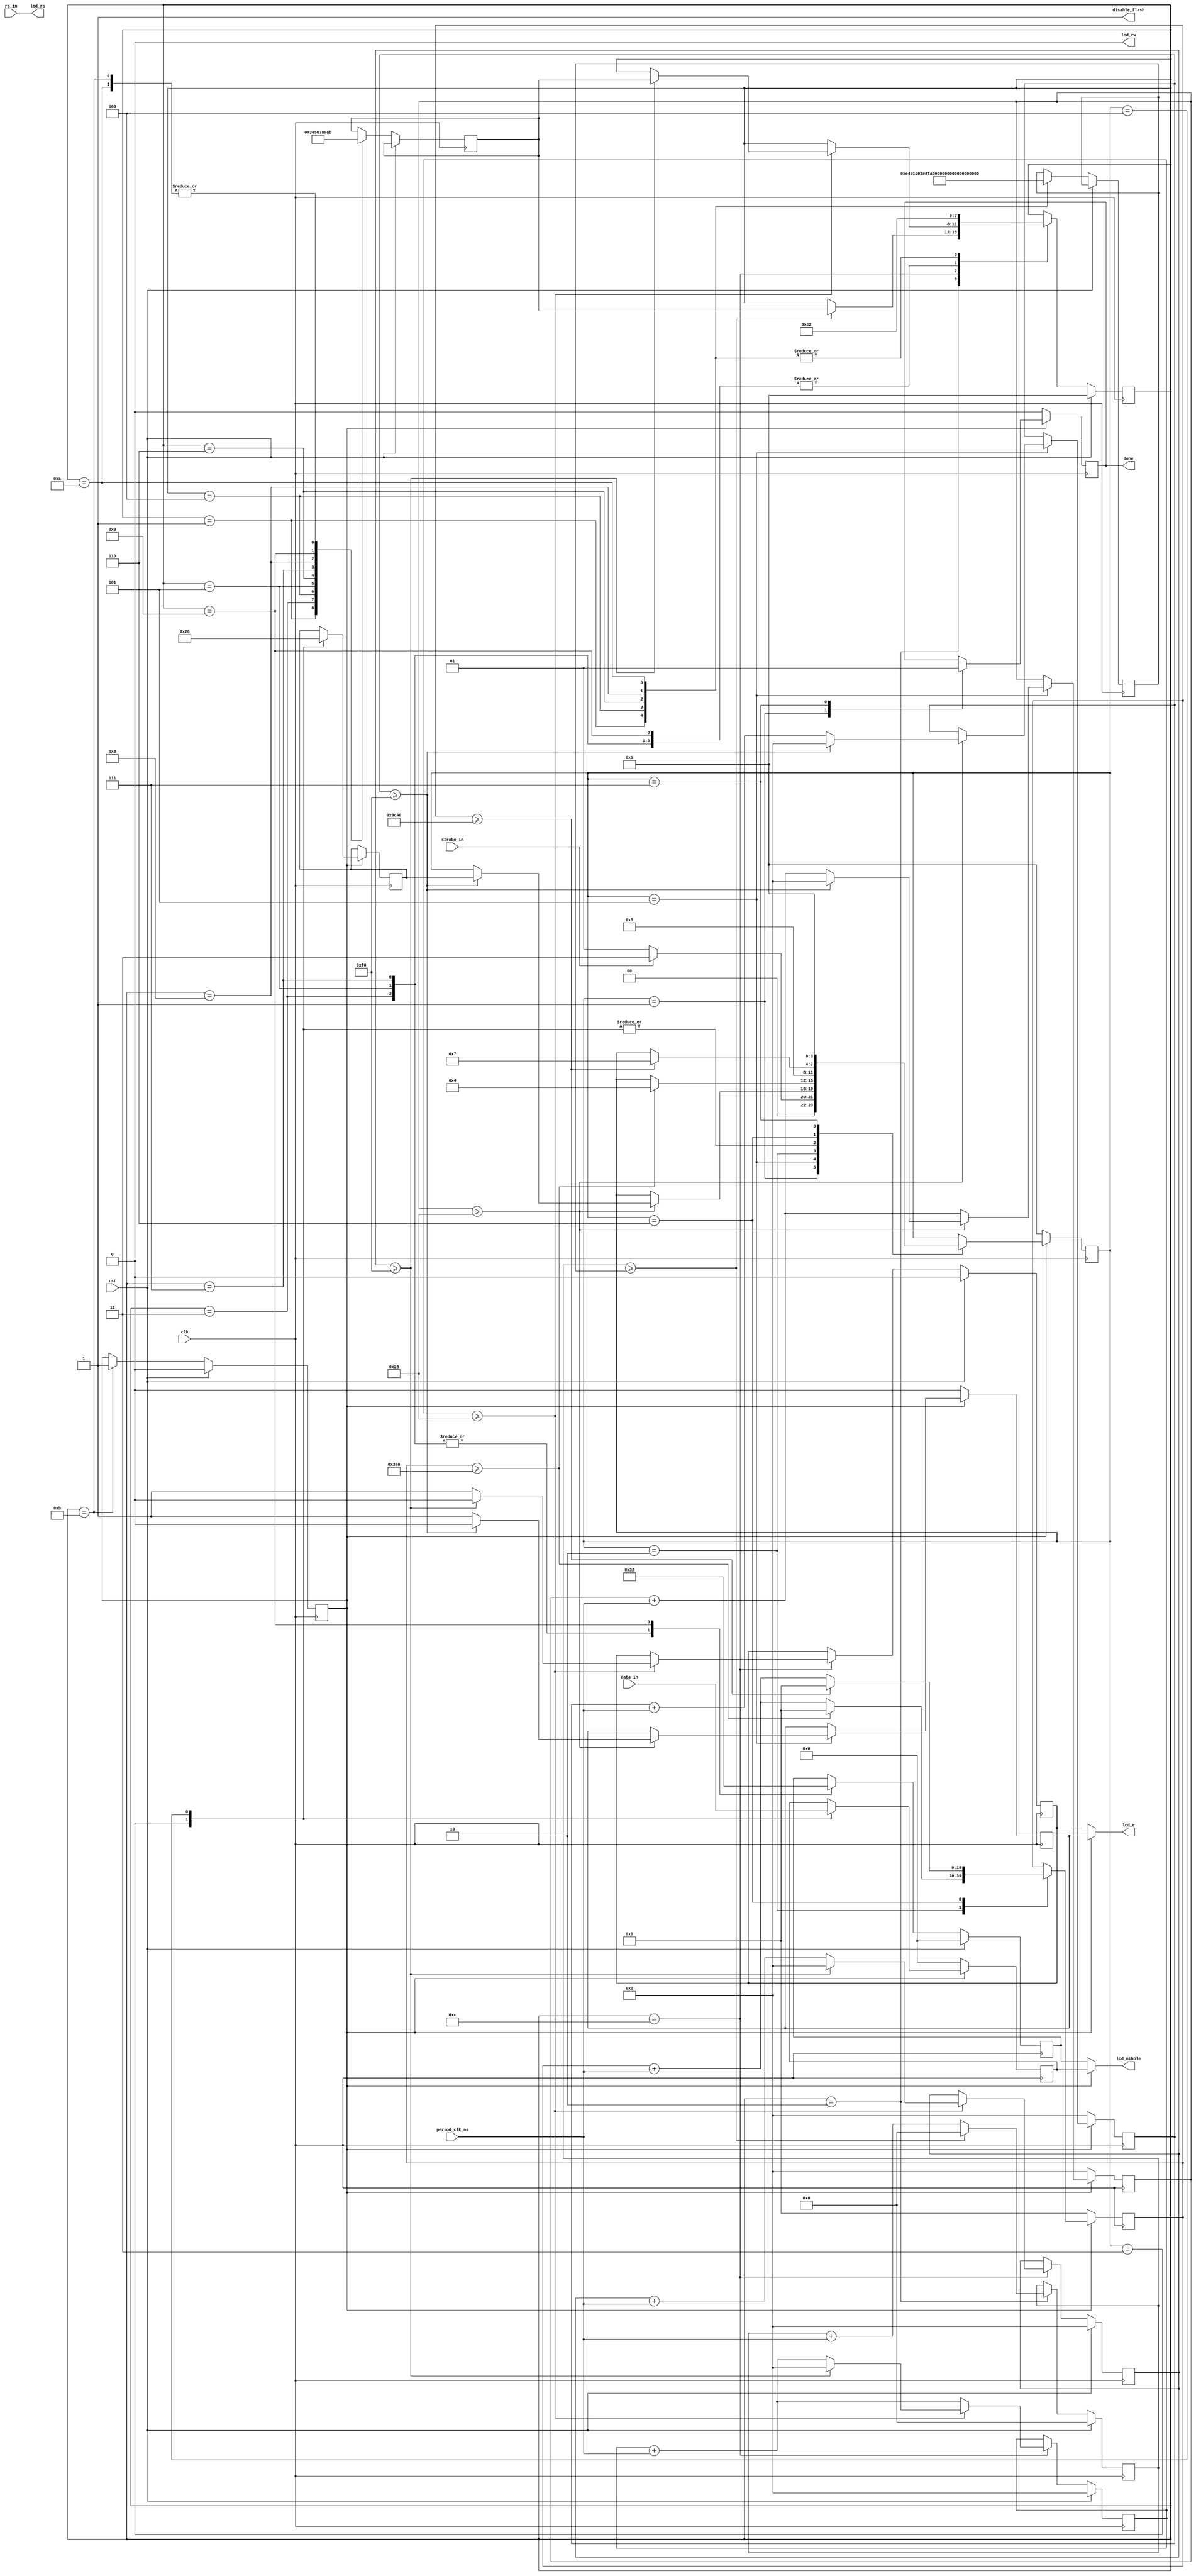
`timescale 1ns / 1ps

module lcd_controller(
    input rst,
    input clk,
    input rs_in,
	 input [7:0] data_in,
    input strobe_in,
    input [7:0] period_clk_ns,
    output lcd_e,
    output [3:0] lcd_nibble,
    output lcd_rs,
    output lcd_rw,
    output disable_flash,
    output reg done
    );

	// States for FSM that initialize the LCD
	localparam lcd_init_rst = 1;
	localparam lcd_init_wait = 2;	
	localparam lcd_init_write_03_01 = 3;
	localparam lcd_init_wait_4ms = 4;
	localparam lcd_init_write_03_02 = 5;
	localparam lcd_init_wait_100us = 6;
	localparam lcd_init_write_03_03 = 7;
	localparam lcd_init_wait_40us = 8;
	localparam lcd_init_write_02 = 9;
	localparam lcd_init_wait_50us = 10;
	localparam lcd_init_state_done = 11;
	localparam lcd_init_strobe = 12;
	reg [3:0] lcd_init_states, lcd_init_state_next; // Declare two variables of 4 bits to hold the FSM states
	reg [23:0] counter_wait_lcd_init;	
	reg [8:0] counter_wait_strobe_lcd_init, counter_wait_stabilize_lcd_init;
	reg [23:0] time_wait_lcd_init;
	reg [3:0] lcd_init_data_out;  // FSM output LCD_DATA
	reg lcd_init_e_out;           // FSM output LCD_E
	reg lcd_init_done;
	
	// States for FSM that send data to LCD
	localparam lcd_data_rst = 1;
	localparam lcd_data_wait_1us = 2;
	localparam lcd_data_wr_nibble_high = 3;
	localparam lcd_data_wr_nibble_low = 4;	
	localparam lcd_data_strobe = 5;
	localparam lcd_data_wait_40us = 6;
	localparam lcd_data_done = 7;
	reg [19:0] time_wait_lcd_data;
	reg [19:0] counter_wait_lcd_data;	
	reg [8:0] counter_wait_strobe_lcd_data, counter_wait_stabilize_lcd_data;
	reg [3:0] lcd_data_states, lcd_data_state_next;	// Declare two variables of 4 bits to hold the FSM states
	reg [3:0] lcd_data_data_out;	// FSM output LCD_DATA
	reg lcd_data_e_out;				// FSM output LCD_E
			
	/*
		Initialize LCD...
	*/
	always @ (posedge clk)
	begin
		if (rst)	// Reset synchronous
			begin
				lcd_init_states <= lcd_init_rst;
				counter_wait_lcd_init <= 0;
				counter_wait_strobe_lcd_init <= 0;
				counter_wait_stabilize_lcd_init <= 0;
				lcd_init_e_out <= 0;
				lcd_init_done <= 0;
				lcd_init_data_out <= 0;
			end
		else
			begin
				case (lcd_init_states)
					lcd_init_rst:
						begin
							// Wait for 15ms to power-up LCD
							time_wait_lcd_init <= 15000000;
							lcd_init_states <= lcd_init_wait;
							lcd_init_state_next <= lcd_init_write_03_01;
						end
					
					// Wait for a configured time in (ns) and go to other state in (lcd_init_state_next)
					lcd_init_wait:
						begin
							counter_wait_lcd_init <= counter_wait_lcd_init + period_clk_ns;
							if (counter_wait_lcd_init >= time_wait_lcd_init)
								begin
									lcd_init_states <= lcd_init_state_next;
									counter_wait_lcd_init <= 0;
								end
						end
					
					// Strobe the LCD for at least 240 ns
					lcd_init_strobe:
						begin
							// We need to wait at least 40ns to stabilize the data before strobing the data... 
							counter_wait_stabilize_lcd_init <= counter_wait_stabilize_lcd_init + period_clk_ns;
							if (counter_wait_stabilize_lcd_init >= 40)
								begin
									lcd_init_e_out <= 1;
									
									// After we got a strobe high hold for more 240 ns
									counter_wait_strobe_lcd_init <= counter_wait_strobe_lcd_init + period_clk_ns;
									if (counter_wait_strobe_lcd_init >= 240)
										begin
											lcd_init_states <= lcd_init_state_next;
											counter_wait_stabilize_lcd_init <= 0;
											counter_wait_strobe_lcd_init <= 0;
											lcd_init_e_out <= 0;
										end
								end																			
						end
					
					lcd_init_write_03_01:
						// Send 0x3 and pulse LCD_E for 240ns 
						begin
							lcd_init_data_out <= 4'h3;
							lcd_init_states <= lcd_init_strobe;	// Strobe for at least 230 ns						
							lcd_init_state_next <= lcd_init_wait_4ms;							
						end
					
					lcd_init_wait_4ms:
						begin
							time_wait_lcd_init <= 4100000;	// Wait for 4.1ms
							lcd_init_states <= lcd_init_wait;
							lcd_init_state_next <= lcd_init_write_03_02;
						end
					
					lcd_init_write_03_02:
						// Send 0x3 and pulse LCD_E for 240ns 
						begin
							lcd_init_data_out <= 4'h3;
							lcd_init_states <= lcd_init_strobe;	// Strobe for at least 230 ns						
							lcd_init_state_next <= lcd_init_wait_100us;							
						end
					
					lcd_init_wait_100us:
						begin
							time_wait_lcd_init <= 100000;	// Wait for 100us
							lcd_init_states <= lcd_init_wait;
							lcd_init_state_next <= lcd_init_write_03_03;
						end
					
					lcd_init_write_03_03:
						// Send 0x3 and pulse LCD_E for 240ns 
						begin
							lcd_init_data_out <= 4'h3;
							lcd_init_states <= lcd_init_strobe;	// Strobe for at least 230 ns						
							lcd_init_state_next <= lcd_init_wait_40us;							
						end
					
					lcd_init_wait_40us:
						begin
							time_wait_lcd_init <= 40000;	// Wait for 40us
							lcd_init_states <= lcd_init_wait;
							lcd_init_state_next <= lcd_init_write_02;
						end
					
					lcd_init_write_02:
						// Send 0x2 and pulse LCD_E for 240ns 
						begin
							lcd_init_data_out <= 4'h2;
							lcd_init_states <= lcd_init_strobe;	// Strobe for at least 230 ns						
							lcd_init_state_next <= lcd_init_wait_50us;							
						end
					
					lcd_init_wait_50us:
						begin
							time_wait_lcd_init <= 50000;	// Wait for 50us
							lcd_init_states <= lcd_init_wait;
							lcd_init_state_next <= lcd_init_state_done;							
						end
					
					lcd_init_state_done:
						begin
							lcd_init_done <= 1;
							lcd_init_state_next <= lcd_init_state_done;
						end
				endcase
			end
	end
	
	// On the most cases you can only write to the display...
	assign lcd_rw = 0;
	assign lcd_rs = rs_in;
	assign disable_flash = 1;
	
	// Will assign the output of the FSM init or the FSM data depending if initialization is already done
	assign lcd_e = (!lcd_init_done) ? lcd_init_e_out : lcd_data_e_out;
	assign lcd_nibble = (!lcd_init_done) ? lcd_init_data_out : lcd_data_data_out ;	
	
	/*
		FSM that deals to send data to the LCD (nibble High + nibble Low)
	*/
	always @ (posedge clk)
	begin
		if (~lcd_init_done)
			begin
				lcd_data_e_out <= 0;
				lcd_data_data_out <= 0;
				lcd_data_states <= lcd_data_rst;
				done <= 0; 
				counter_wait_stabilize_lcd_data <= 0;
				counter_wait_lcd_data <= 0;
				counter_wait_strobe_lcd_data <= 0;
			end
		else
			begin
				case (lcd_data_states)
					lcd_data_rst:
						begin
							done <= 0;
							// Start to send data when strobe_in =1
							if (strobe_in == 1)
								begin
									lcd_data_states <= lcd_data_wr_nibble_high;
								end 
							else
								lcd_data_states <= lcd_data_rst;
						end
					
					lcd_data_wr_nibble_high:
						begin
							// First send the high nibble
							lcd_data_data_out <= data_in[7:4];
							lcd_data_states <= lcd_data_strobe;
							lcd_data_state_next <= lcd_data_wait_1us;							
						end
					
					lcd_data_strobe:
						begin
							// We need to wait at least 40ns to stabilize the data before strobing the data... 
							counter_wait_stabilize_lcd_data <= counter_wait_stabilize_lcd_data + period_clk_ns;
							if (counter_wait_stabilize_lcd_data >= 40)
								begin
									lcd_data_e_out <= 1;
									
									// After we got a strobe high hold for more 240 ns
									counter_wait_strobe_lcd_data <= counter_wait_strobe_lcd_data + period_clk_ns;
									if (counter_wait_strobe_lcd_data >= 240)
										begin
											lcd_data_states <= lcd_data_state_next;
											counter_wait_stabilize_lcd_data <= 0;
											counter_wait_strobe_lcd_data <= 0;
											lcd_data_e_out <= 0;
										end
								end
						end
					
					// Wait for 1us before sending the low nibble
					lcd_data_wait_1us:
						begin
							counter_wait_lcd_data <= counter_wait_lcd_data + period_clk_ns;
							if (counter_wait_lcd_data >= 1000)
								begin
									lcd_data_states <= lcd_data_wr_nibble_low;
									counter_wait_lcd_data <= 0;
								end
						end
						
					lcd_data_wr_nibble_low:
						begin
							// After send the low nibble
							lcd_data_data_out <= data_in[3:0];
							lcd_data_states <= lcd_data_strobe;
							lcd_data_state_next <= lcd_data_wait_40us;							
						end
					
					// Wait for 40us before sending the next byte
					lcd_data_wait_40us:
						begin
							counter_wait_lcd_data <= counter_wait_lcd_data + period_clk_ns;
							if (counter_wait_lcd_data >= 40000)
								begin
									lcd_data_states <= lcd_data_done;
									counter_wait_lcd_data <= 0;
								end
						end
					
					lcd_data_done:
						begin
							// Signal that we done sending the data
							done <= 1;
							lcd_data_states <= lcd_data_rst;
						end
					
				endcase
			end
	end

endmodule